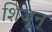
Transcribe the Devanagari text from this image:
शिजून